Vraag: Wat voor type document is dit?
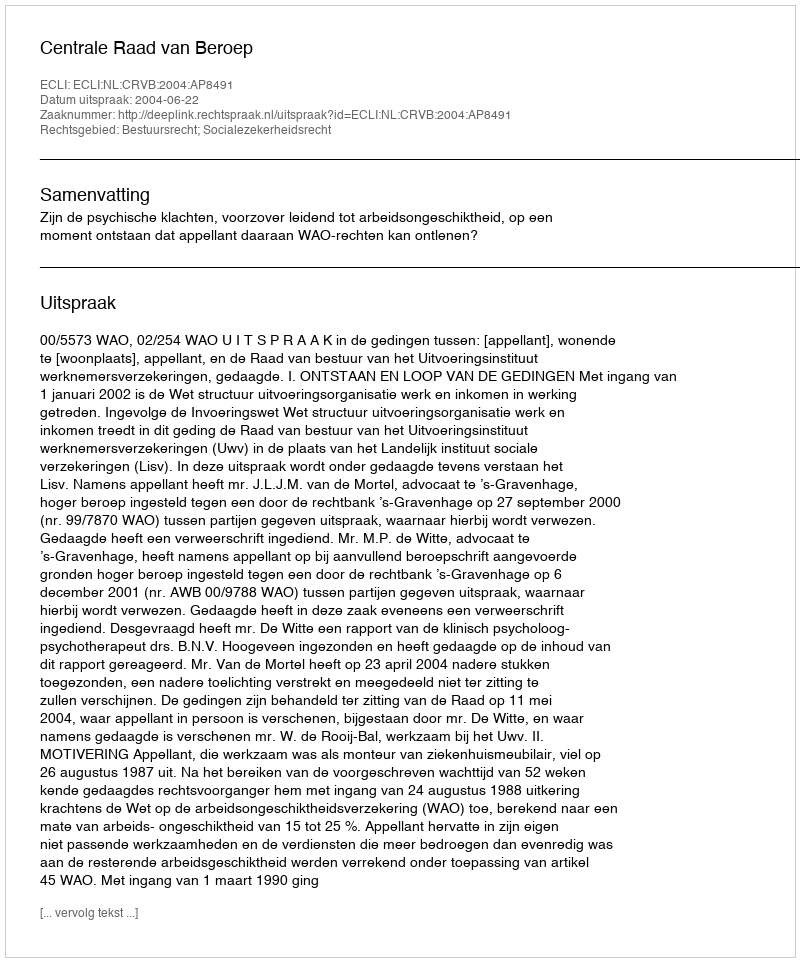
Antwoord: Uitspraak